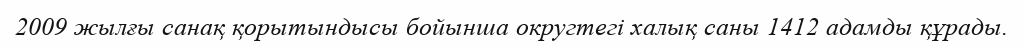
2009 жылғы санақ қорытындысы бойынша округтегі халық саны 1412 адамды құрады.